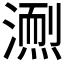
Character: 𪷌